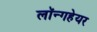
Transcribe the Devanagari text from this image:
लॉन्गहेयर